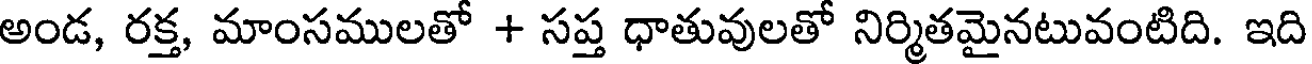
అండ, రక్త, మాంసములతో + సప్త ధాతువులతో నిర్మితమైనటువంటిది. ఇది